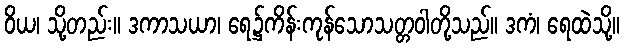
ဝိယ၊ သို့တည်း။ ဒကာသယာ၊ ရေ၌ကိန်းကုန်သောသတ္တဝါတို့သည်။ ဒကံ၊ ရေထဲသို့။